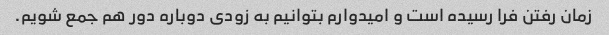
زمان رفتن فرا رسیده است و امیدوارم بتوانیم به زودی دوباره دور هم جمع شویم.